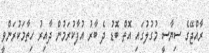
ރާއްޖޭގެ ސިޔާސީ މުގުލުގައި އޮތް ބޮޑު ދެ ބާރު އުފާކުރަމުން ދާއިރު ހިތާމަކުރަންވީ